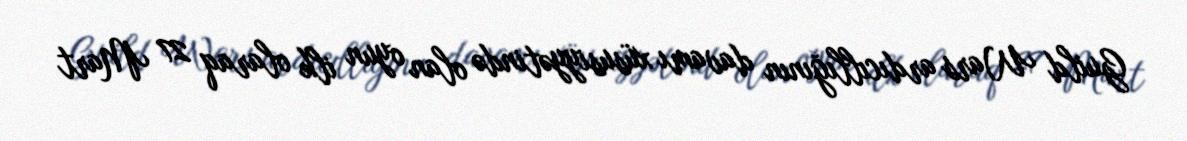
Guild Wars ardıcıllığının davamı xüsusiyyətində olan oyun ilk olaraq 27 Mart